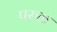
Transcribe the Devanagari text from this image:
परुळ